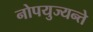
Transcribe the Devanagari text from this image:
नोपयुज्यन्ते